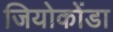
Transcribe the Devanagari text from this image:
जियोकोंडा